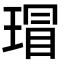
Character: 瑁